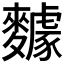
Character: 𪍸